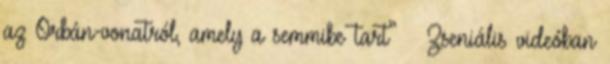
az Orbán-vonatról, amely a semmibe tart” – Zseniális videóban